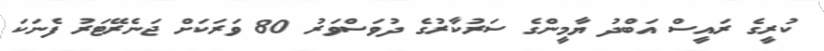
ކުރީގެ ރައީސް އަބްދު ޔާމީންގެ ސަރުކާރުގެ ދުވަސްވަރު 80 ވަރަކަށް ޖަނެރޭޓަރު ފެނަކަ